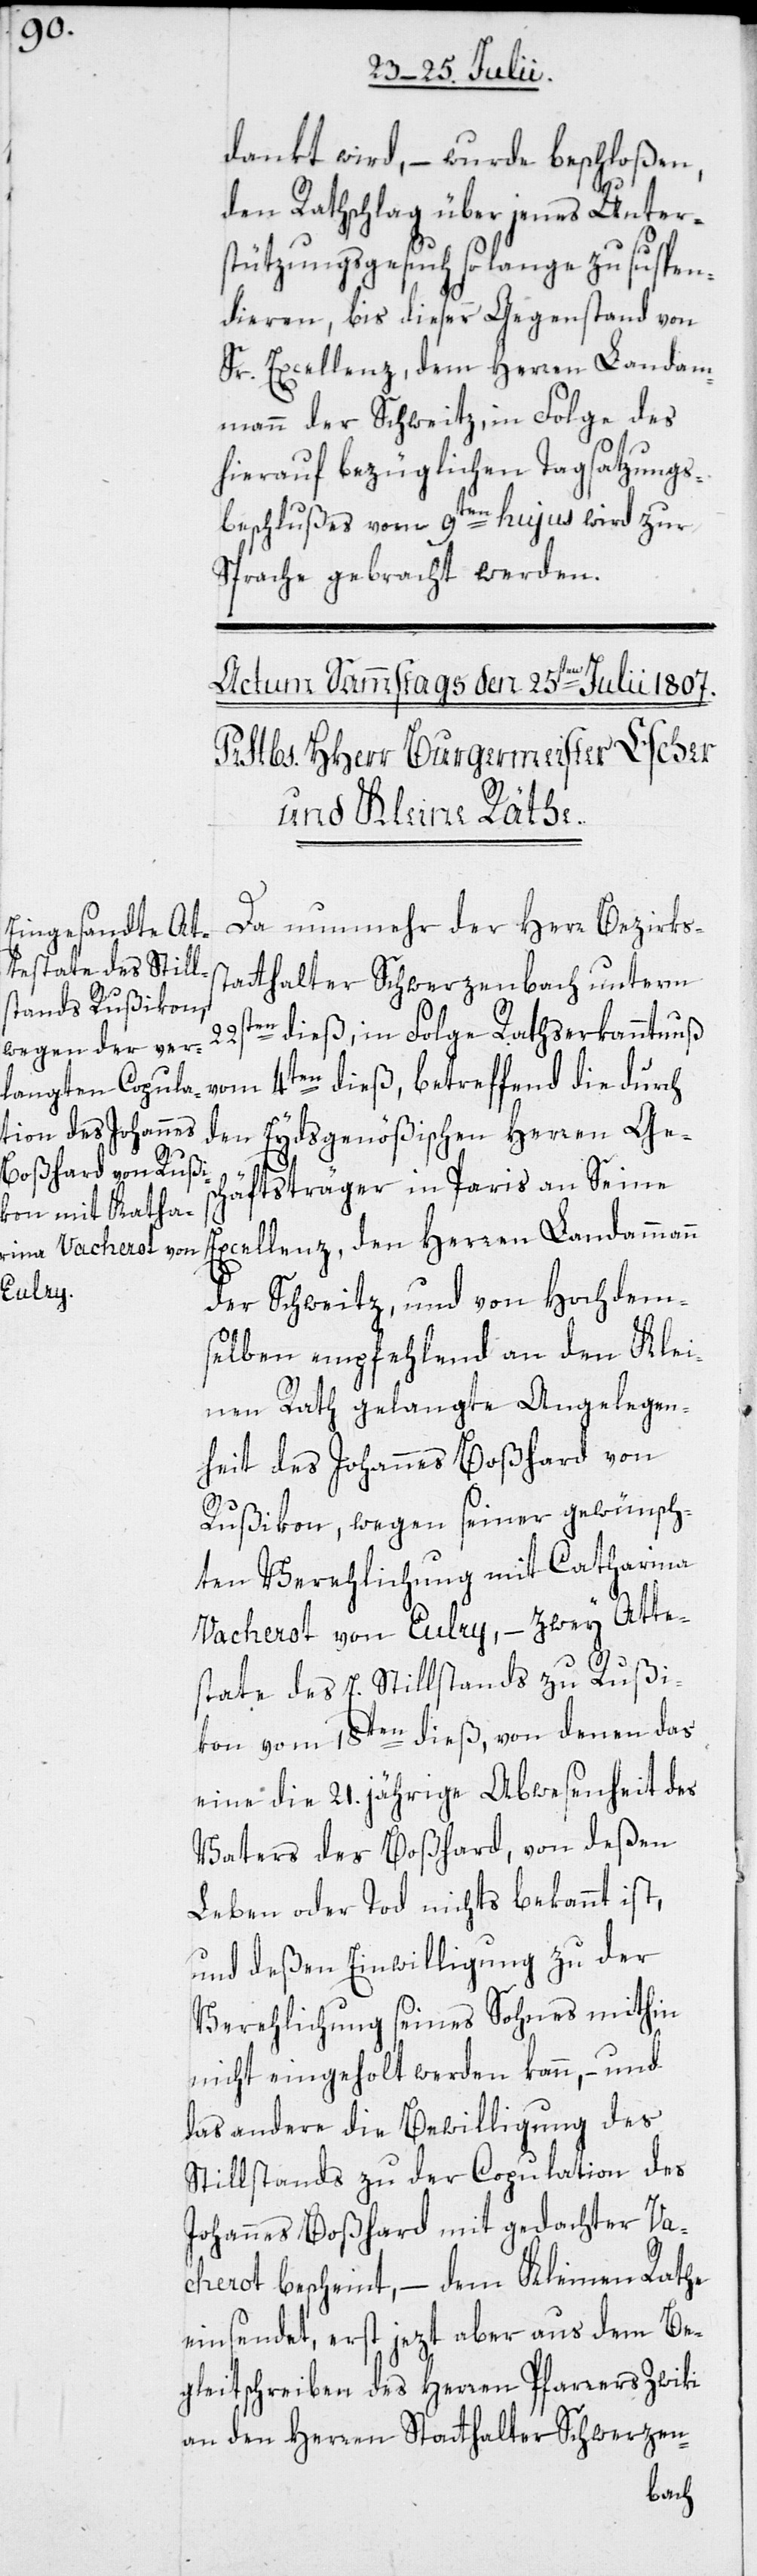
dankt wird, – wurde beschloßen,
den Rathschlag über jenes Unter¬
stützungsgesuch so lange zu suspen¬
dieren, bis dieser Gegenstand von
Sr. Excellenz, dem Herren Landam¬
mann der Schweitz, in Folge des
hierauf bezüglichen Tagsatzungs¬
beschlußes vom 9ten hujus wird zur
Sprache gebracht werden.
Da nunmehr der Herr Bezirks¬
statthalter Schwerzenbach unterm
22sten dieß, in Folge Rathserkanntnuß
vom 4ten dieß, betreffend die durch
den Eydsgenößischen Herren Ges¬
chäftsträger in Paris an Seine
Excellenz, den Herren Landammann
der Schweitz, und von Hochdem¬
selben empfehlend an den Klei¬
nen Rath gelangte Angelegen¬
heit des Johannes Boßhard von
Rußikon, wegen seiner gewünsch¬
ten Verehlichung mit Catharina
Vacherot von Eulry, – zwey Atte¬
state des E. Stillstands zu Rußi¬
kon vom 18ten dieß, von denen das
eine die 21. jährige Abwesenheit des
Vaters des Boßhard, von deßen
Leben oder Tod nichts bekannt ist,
und deßen Einwilligung zu der
Verehlichung seines Sohnes mithin
nicht eingeholt werden kann, – und
das andere die Bewilligung des
Stillstands zu der Copulation des
Johannes Boßhard mit gedachter Va¬
cherot bescheint, – dem Kleinen Rathe
einsendet, erst jezt aber aus dem Be¬
gleitschreiben des Herren Pfarrers Zwiki
an den Herren Statthalter Schwerzen-